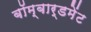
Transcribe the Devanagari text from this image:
बॉम्बार्डमेंट